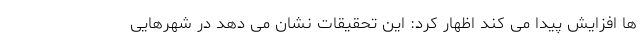
ها افزایش پیدا می کند اظهار کرد: این تحقیقات نشان می دهد در شهرهایی